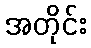
အတိုင်း